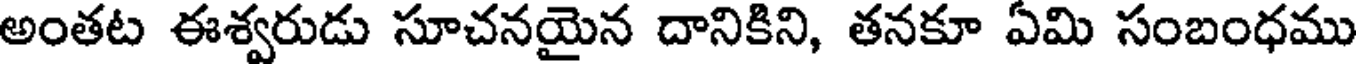
అంతట ఈశ్వరుడు సూచనయైన దానికిని, తనకూ ఏమి సంబంధము